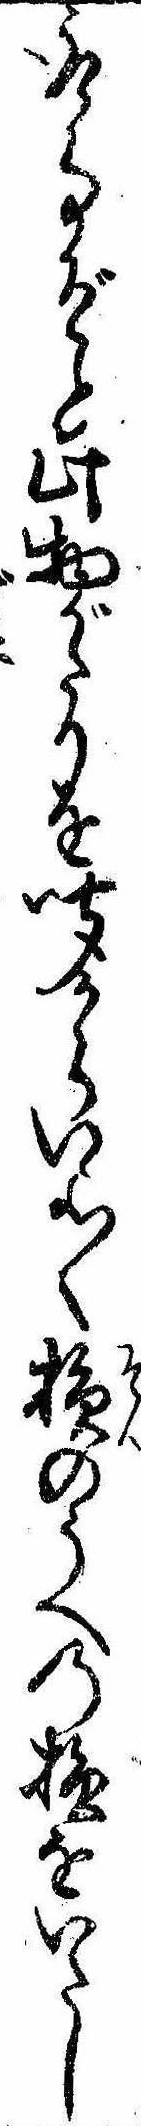
取事ぞと此物がたりを聞からいよ〱損のうへの損をいたし